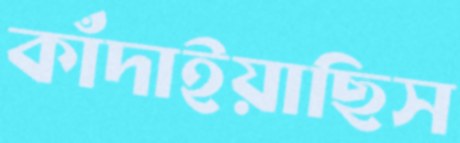
কাঁদাইয়াছিস